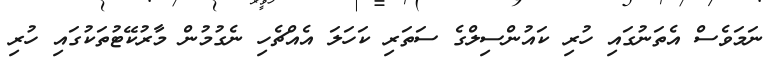
ނަމަވެސް އެތަނުގައި ހުރި ކައުންސިލްގެ ސަތަރި ކަހަލަ އެއްޗެހި ނެގުމުން މާރުކޭޓުތަކުގައި ހުރި